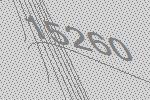
15260